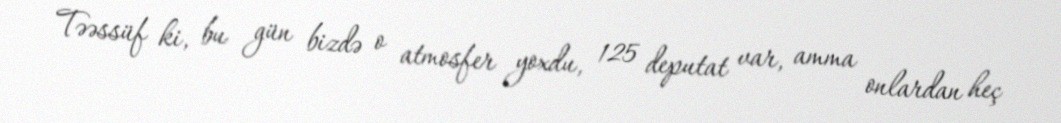
Təəssüf ki, bu gün bizdə o atmosfer yoxdu, 125 deputat var, amma onlardan heç